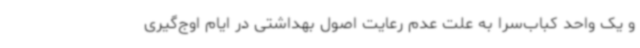
و یک واحد کباب‌سرا به علت عدم رعایت اصول بهداشتی در ایام اوج‌گیری